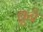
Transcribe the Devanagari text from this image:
ब्रूनै